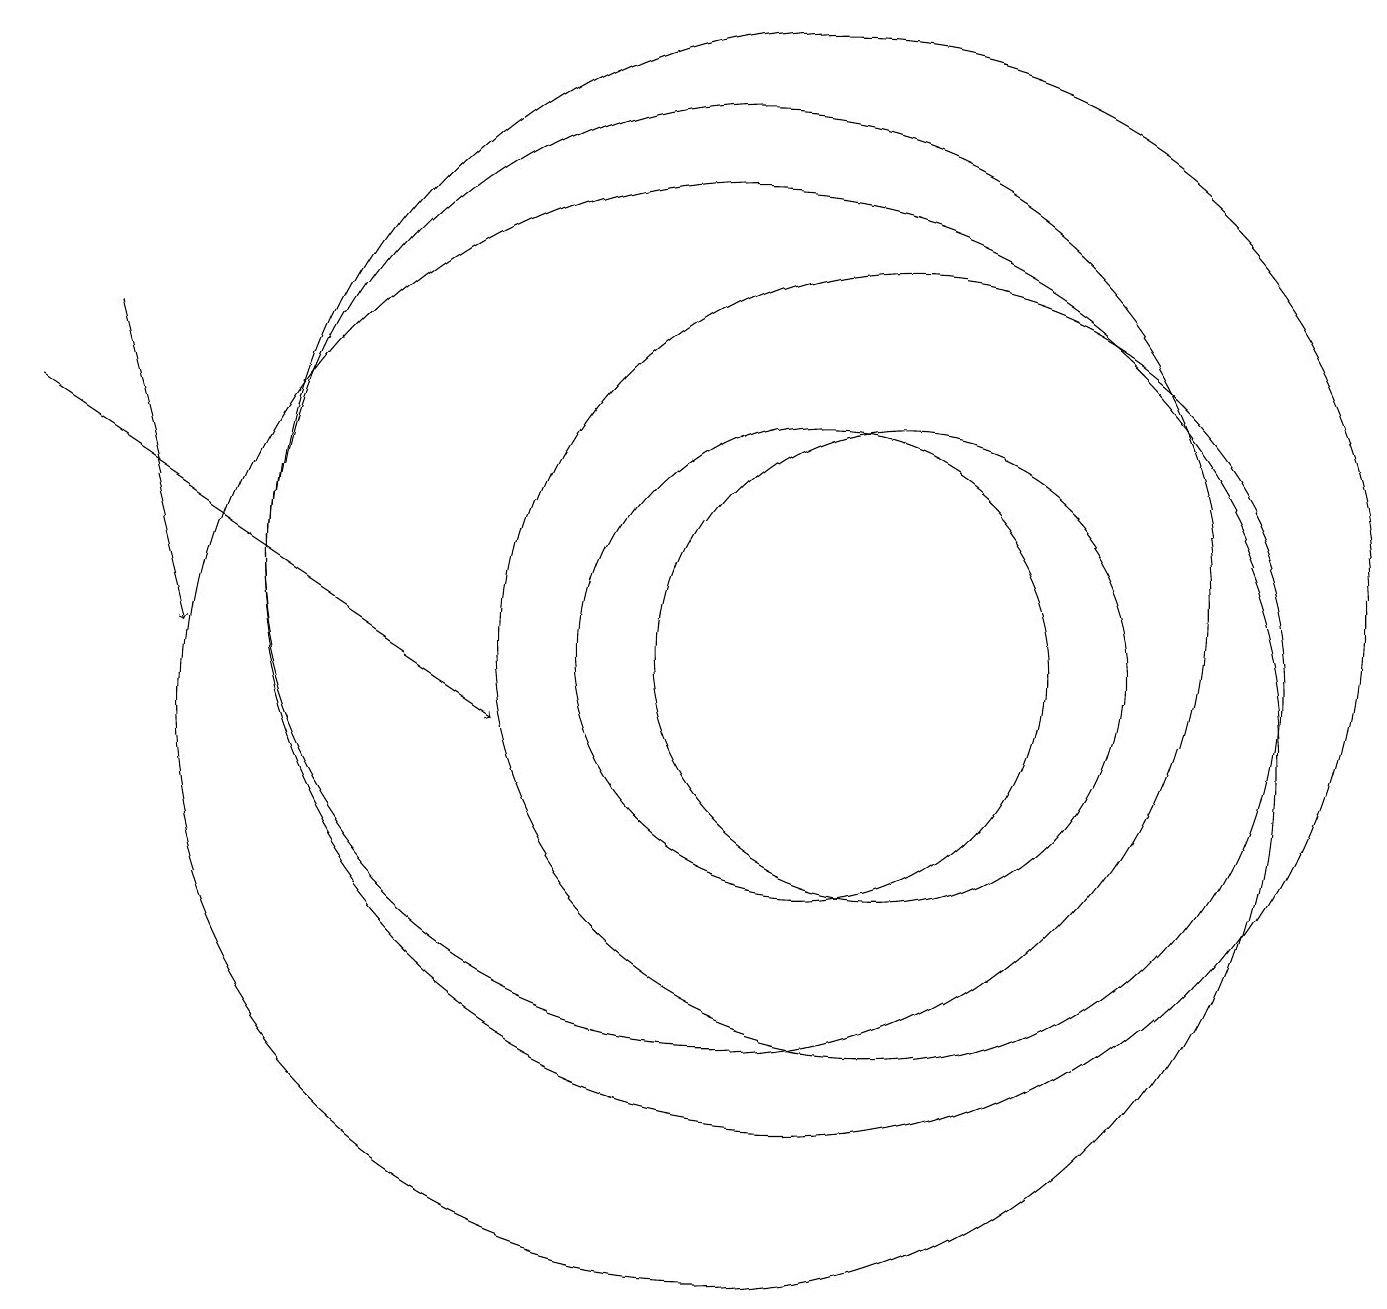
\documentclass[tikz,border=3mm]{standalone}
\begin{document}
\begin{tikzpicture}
\draw (10,10) circle (7);
\draw (10,12) circle (6);
\draw (11,11) circle (3);
\draw (11,12) circle (7);
\draw (12,11) circle (5);
\draw[->] (2,15) -- (3,11);
\draw (12,11) circle (3);
\draw[->] (1,14) -- (7,10);
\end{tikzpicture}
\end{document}